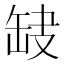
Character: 𦈫